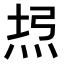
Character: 𤈔